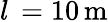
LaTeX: l\, =10\, \mathrm{m}